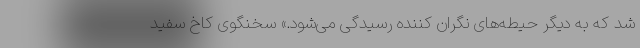
شد که به دیگر حیطه‌های نگران کننده رسیدگی می‌شود.» سخنگوی کاخ سفید